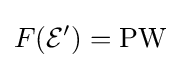
F({\mathcal {E}}')=\operatorname {PW}